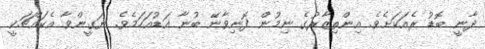
ދާނީ ބޮޑު ރެއަކަށެވެ. އިންތިޒާރުގެ ނިމުން ފޮނިވާނޭ ބުނާ އަޑުއަހަމެވެ. ޔަގީންވާ އެކައްޗަކީ